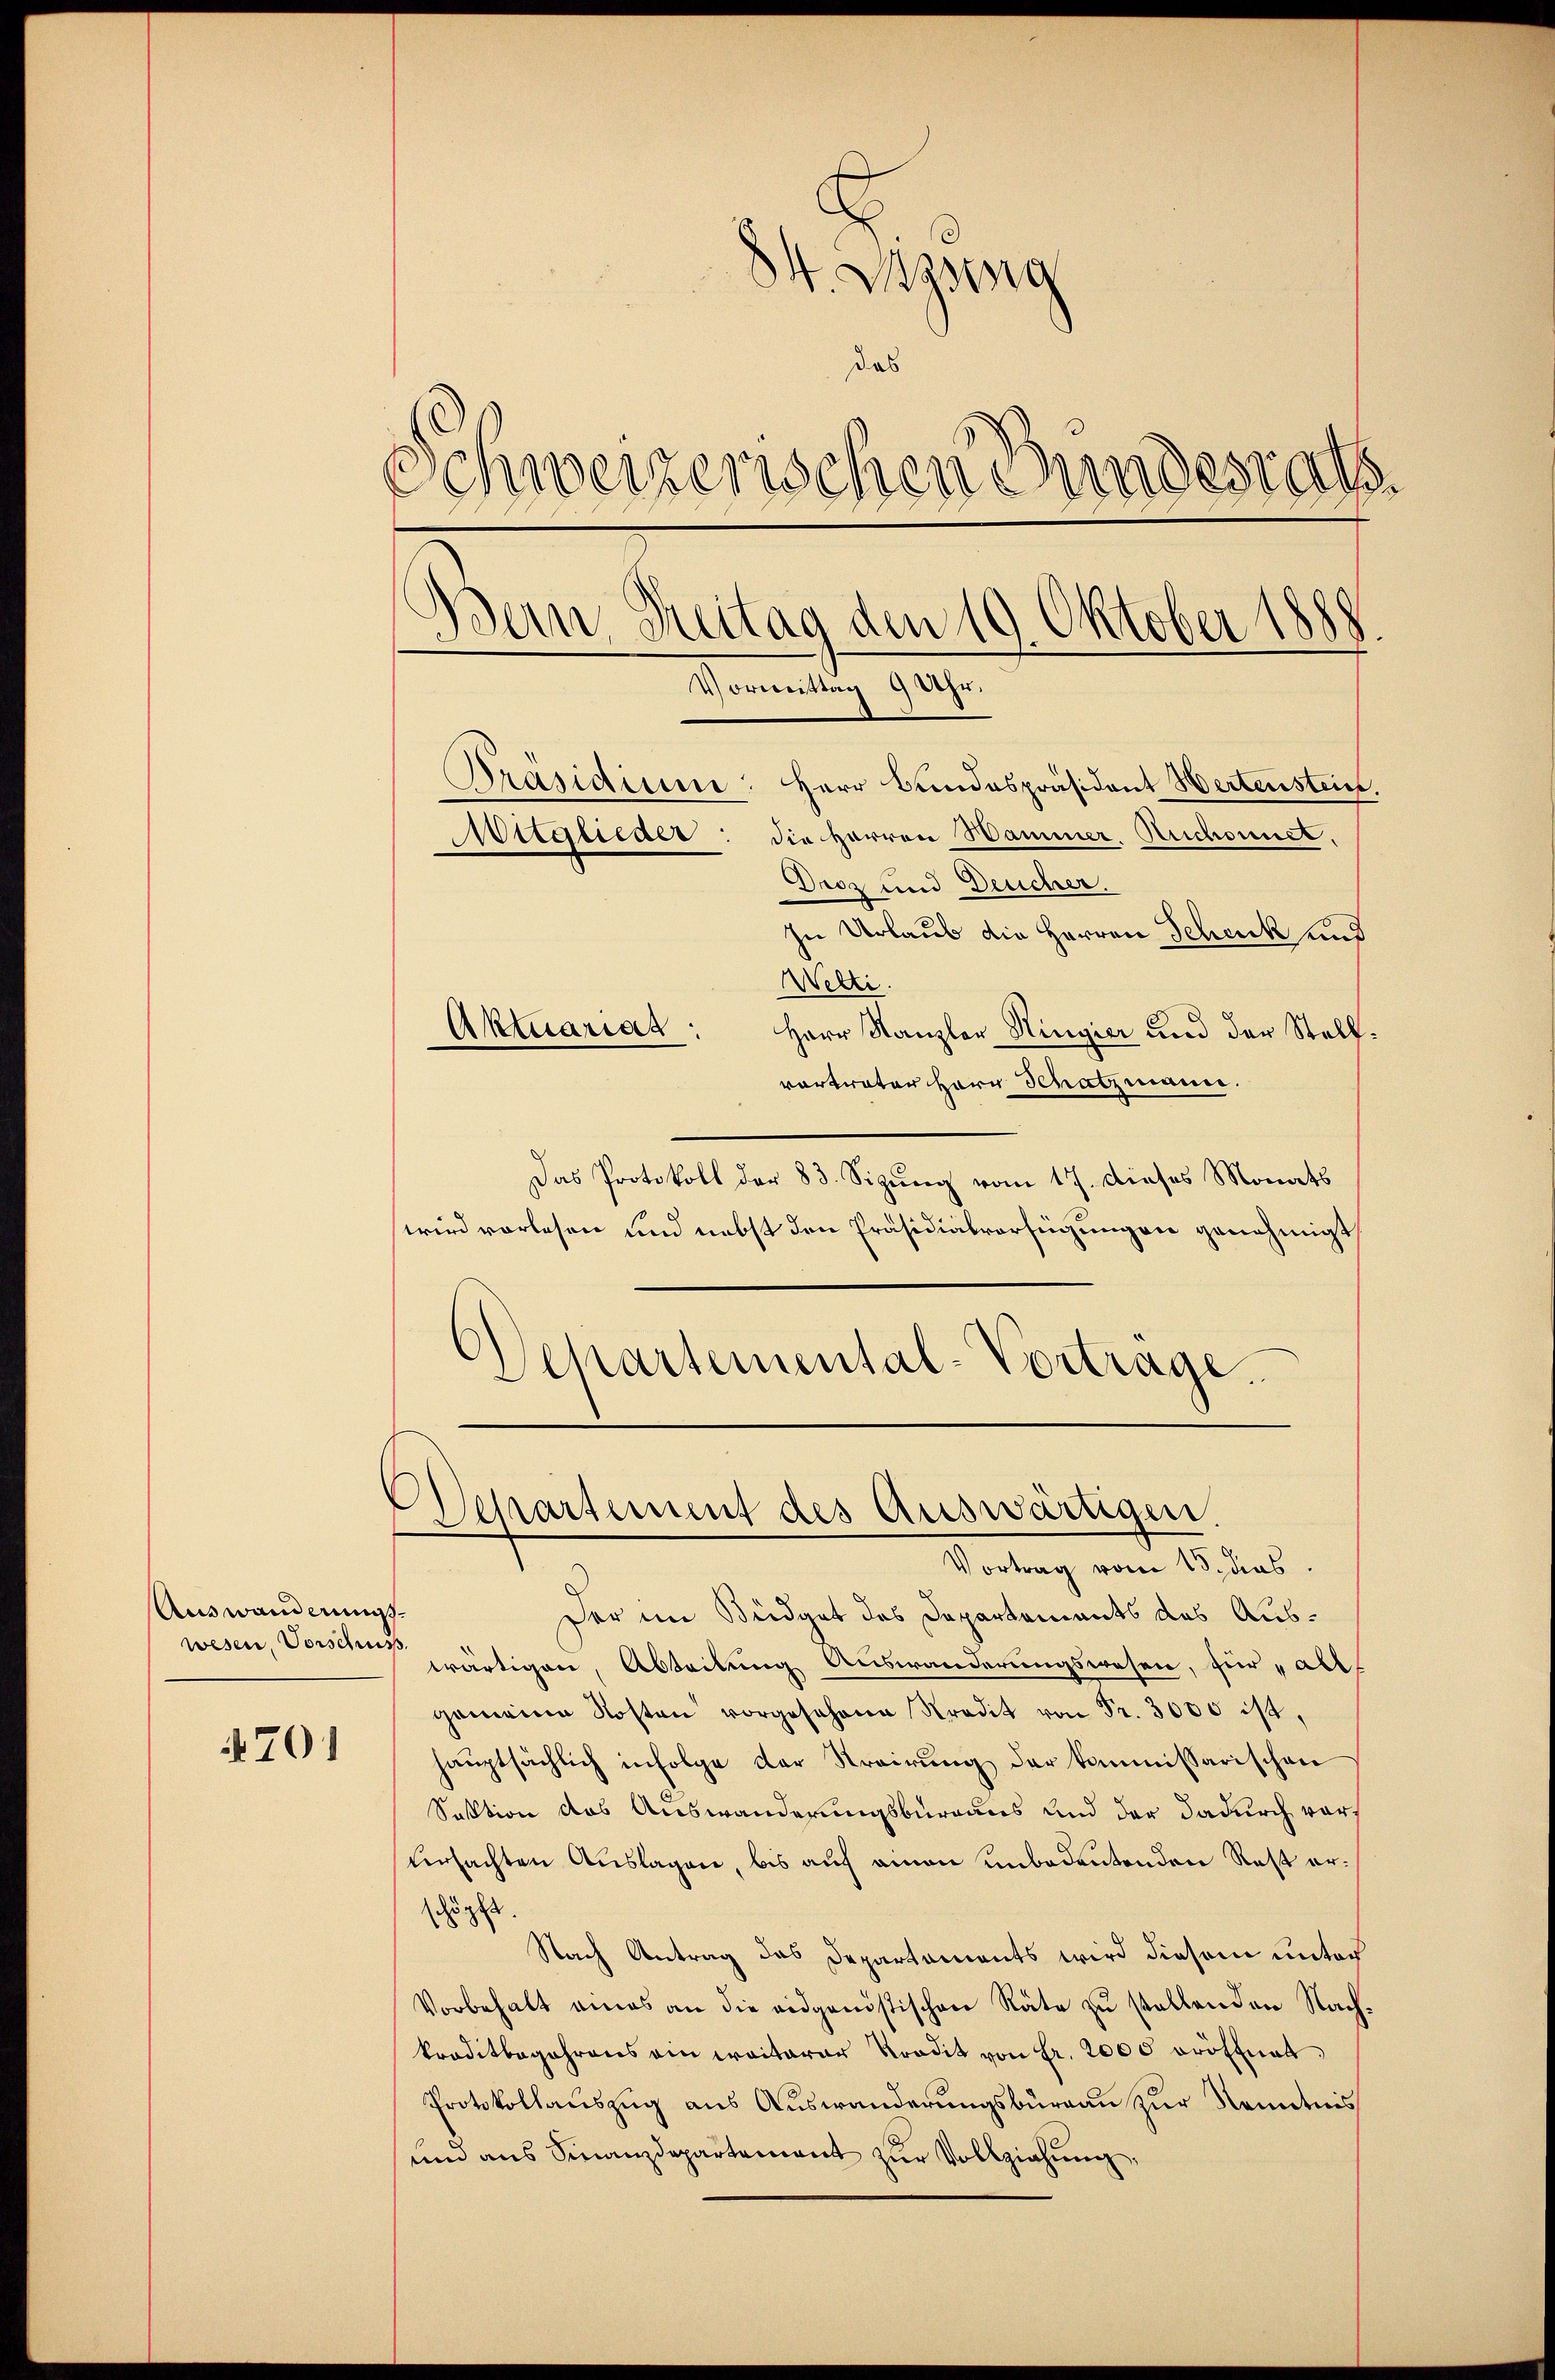
4701

84. Dezwing
das
Schweizerischen Bundesrats.
Bein Reitag den 19. Oktober 1888
Vormittag 9 Uhr.
Präsidium: Herr Bundespräsident Wertenstein,
Witglieder: die Herren Hammer. Ruchonnet.
Droz und Deucher.
In Urlaub die Herren Schenk und
Welti.
Aktuariag
Herr Kanzler Ringier und der Stellvortrater Herr Schatzmann

Auswanderungs
wesen, Vorschuss

Das Protokoll der 83. Sizung vom 17. Dieses Monats
wird vorlesen und nebst den Präsidialverfügungen genehmigt
Schartemental-Vortrage.

Departement des Auswärtigen.
Vortrag vom 15. das

Der im Büdget des Departements des Auswärtigen, Abteilung Auswanderungswesen, für „all
gemeine Kosten vorgesehene Stradit von Fr. 3000 ist,
hauptsächlich infolge der Krairung der kommissarischen
Sestion das Auswanderungsburgaus und der dadurch vor¬
Ursachten Auslagen, bis auf einen unbedeutenden Rest erugest
Nach Antrag das Departaments wird diesem unter
Vorbehalt eines an die eidgenössischen Räte zu stellenden Nachkraditbegehrens ein weiterer Kradit von Fr. 2000 eröffnet,
Protokollauszug aus Auswanderungsburgau zur Kenntnis
und aus Finanzdepartement zur Vollziehung,